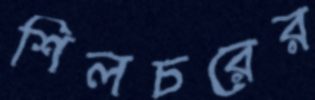
শিলচরের